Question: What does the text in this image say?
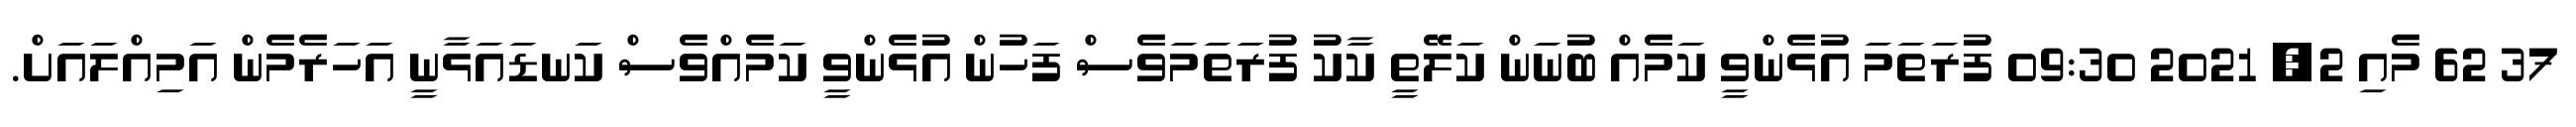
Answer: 37 62 މެއި 2, 2021 09:30 ފުރަތަމަ އުޅެންވީ ކަމެއް ބުނަން ކަލޭތީ ކާކު ފުރަތަމަވެސް ފަހުން އުޅެންވީ ކަމެއްވެސް ކަނޑައަޅާނީ އަހަރެމެން އަމިއްލައަށް.